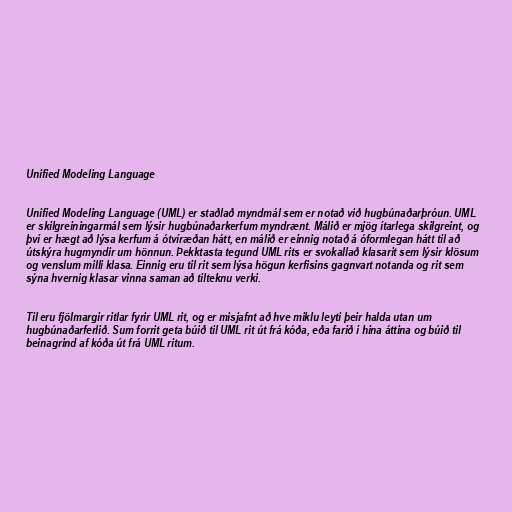
Unified Modeling Language

Unified Modeling Language (UML) er staðlað myndmál sem er notað við hugbúnaðarþróun. UML
er skilgreiningarmál sem lýsir hugbúnaðarkerfum myndrænt. Málið er mjög ítarlega skilgreint, og
því er hægt að lýsa kerfum á ótvíræðan hátt, en málið er einnig notað á óformlegan hátt til að
útskýra hugmyndir um hönnun. Þekktasta tegund UML rits er svokallað klasarit sem lýsir klösum
og venslum milli klasa. Einnig eru til rit sem lýsa högun kerfisins gagnvart notanda og rit sem
sýna hvernig klasar vinna saman að tilteknu verki.

Til eru fjölmargir ritlar fyrir UML rit, og er misjafnt að hve miklu leyti þeir halda utan um
hugbúnaðarferlið. Sum forrit geta búið til UML rit út frá kóða, eða farið í hina áttina og búið til
beinagrind af kóða út frá UML ritum.